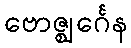
ဗောဇ္ဈင်္ဂေန